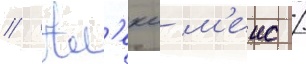
// Ал'екс м'еис /